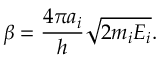
\beta = \frac { 4 \pi a _ { i } } { h } \sqrt { 2 m _ { i } E _ { i } } .